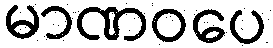
မာဏဝပေ